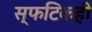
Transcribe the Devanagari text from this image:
स्फटिकही